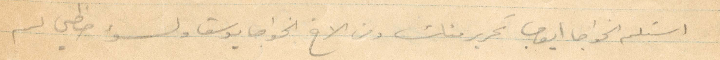
استلم الخواجا أيوب تحرير منك ومن الأخ الخواجا يوسف ولسوء حظي لم